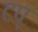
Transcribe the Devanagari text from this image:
टप्